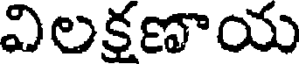
విలకణాయ